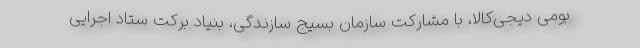
بومی دیجی‌کالا، با مشارکت سازمان بسیج سازندگی، بنیاد برکت ستاد اجرایی